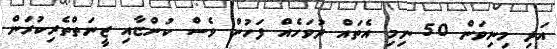
އަދި މިނިވަން 50 ނިމި އެތައް ދުވަހެއް ފަހުން ވެސް ކުންޏާއި ޒީނަތްތެރިކުރަން